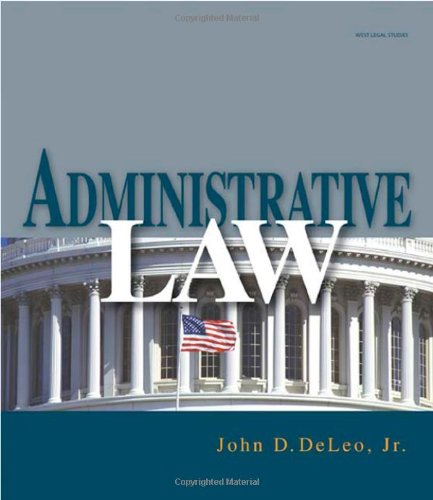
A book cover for Administrative Law; John D. DeLeo; Law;